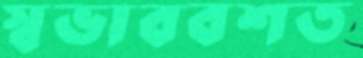
স্বভাববশত